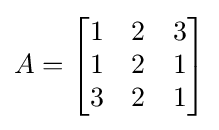
A=\left[{\begin{matrix}1&2&3\\1&2&1\\3&2&1\\\end{matrix}}\right]